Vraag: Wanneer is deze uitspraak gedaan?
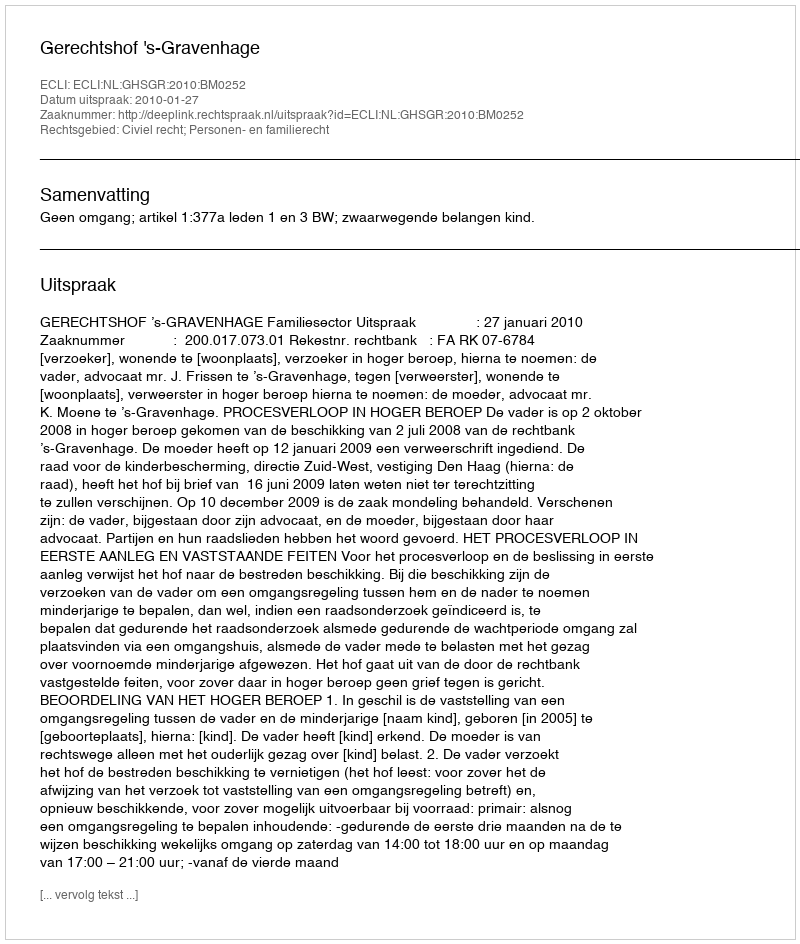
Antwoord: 2010-01-27